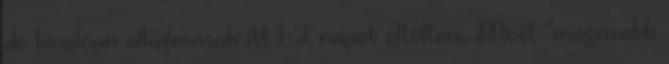
de kiválóan alkalmasak itt 1-2 napot eltölteni. Most "magasabb